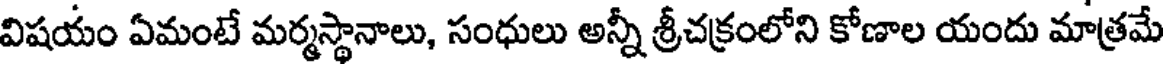
విషయం ఏమంటే మర్మస్థానాలు, సంధులు అన్నీ శ్రీచక్రంలోని కోణాల యందు మాత్రమే